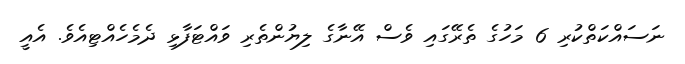
ނަސައްކަތްކުރި 6 މަހުގެ ތެރޭގައި ވެސް އޭނާގެ ލިޔުންތެރި ވައްޓަފާޅި ދެމެހެއްޓިއެވެ. އެއީ